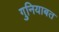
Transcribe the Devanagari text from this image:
गुनियाबत